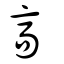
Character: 髙